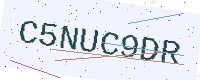
Text: C5NUC9DR